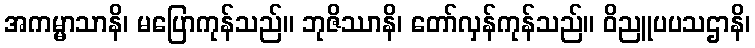
အကမ္မာသာနိ၊ မပြောကုန်သည်။ ဘုဇိဿာနိ၊ တော်လှန်ကုန်သည်။ ဝိညူပပသဌာနိ၊